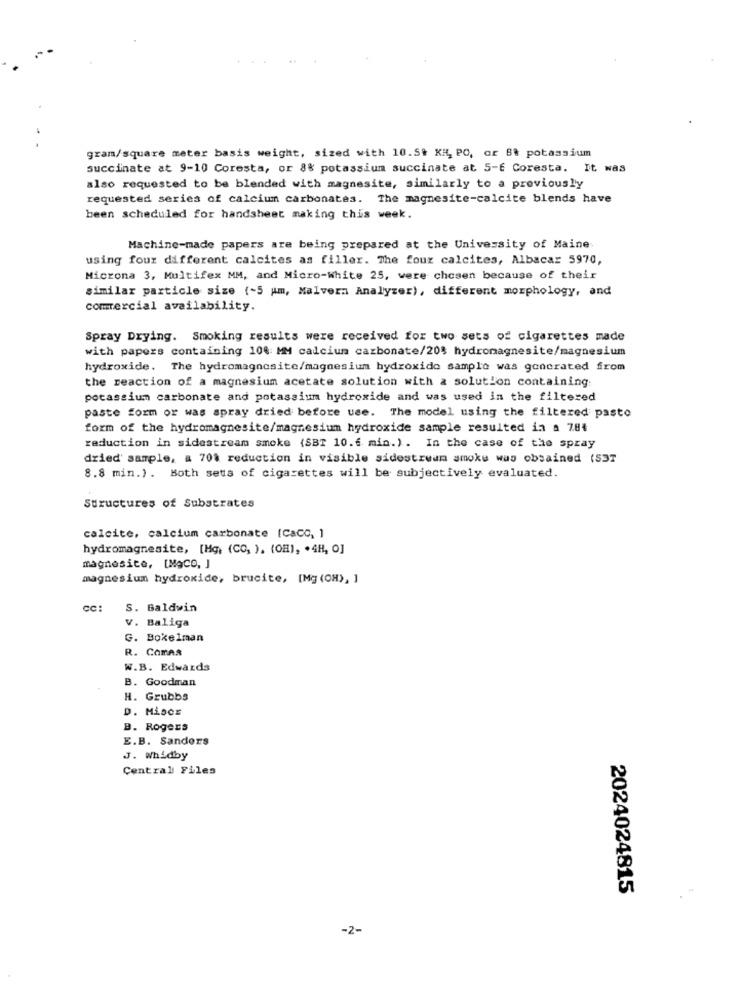
gram/square meter basis weight, sized with 10.59 KR, PO, or Bt potassium
succinate at 9-10 Coresta, or 8% potassium succinate at 5-6 Coresta. It was
also requested to be blended with magnesite, similarly to a previously
requested series of calcium carbonates. The magnesite-calcite blends have
been scheduled for handsheet making this week.
Machine-made papers are being prepared at the University of Maine
using four different calcites as filler. The four calcites, Albacar 5970,
Microna 3, Multifex MM, and Micro-White 25, were chosen because of their
similar particle size (-5 Am, Malvern Analyzer), different morphology, and
commercial availability.
Spray Drying. Smoking results were received for two sets of cigarettes made
with papers containing 100 MM calcium carbonate/20$ hydromagnesite/magnesium
hydroxide. The hydromagnosite/magnesium hydroxide sample was generated from
the reaction of a magnesium acetate solution with a solution containing
potassium carbonate and potassium hydroxide and was used in the filtered
paste form or was spray dried before use. The model using the filtered pasto
form of the hydromagnesite/magnesium hydroxide sample resulted in a 784
reduction in sidestream smoke (SBT 10.6 min.) . In the case of the spray
dried sample, a 70% reduction in visible sidestream smoke was obtained (S3T
8.8 min.). Both sets of cigarettes will be subjectively evaluated.
Structures of Substrates
calcite, calcium carbonate [Caco, ]
hydromagnesite, [Hg, (CO, ). (OH), . 4H, 0]
magnesite, [MgCO, J
magnesium hydroxide, brucite, [Mg (OH), ]
CC
S. Baldwin
V. Baliga
G. Bokelman
R. CORAR
W.B. Edwards
B. Goodman
H. Grubbs
D. MisCE
B. Rogers
E.B. Sanders
J. Whidby
Central Files
2024024815
-2-